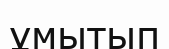
ұмытып